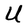
Character: U